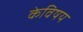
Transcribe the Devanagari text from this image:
केविषय